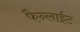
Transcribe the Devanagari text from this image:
फैन्लाईट